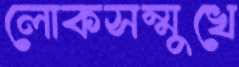
লোকসম্মুখে